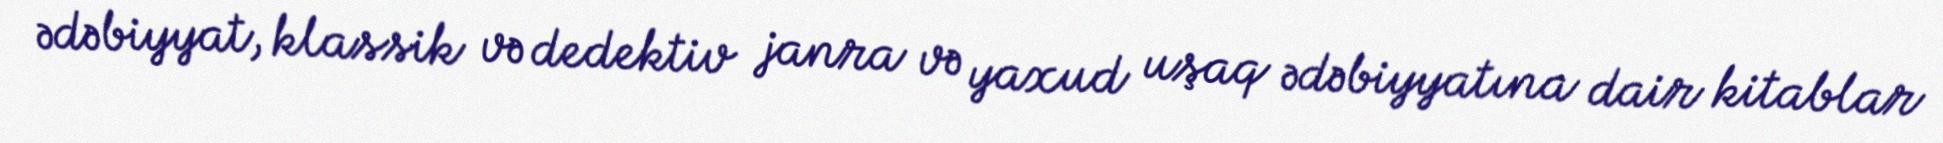
ədəbiyyat, klassik və dedektiv janra və yaxud uşaq ədəbiyyatına dair kitablar